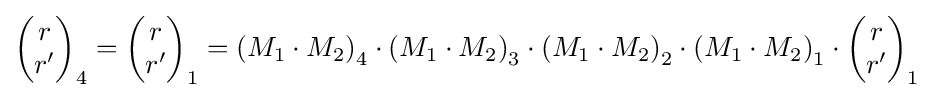
\left({\begin{matrix}r\\r'\\\end{matrix}}\right)_{4}=\left({\begin{matrix}r\\r'\\\end{matrix}}\right)_{1}=\left(M_{1}\cdot M_{2}\right)_{4}\cdot \left(M_{1}\cdot M_{2}\right)_{3}\cdot \left(M_{1}\cdot M_{2}\right)_{2}\cdot \left(M_{1}\cdot M_{2}\right)_{1}\cdot \left({\begin{matrix}r\\r'\\\end{matrix}}\right)_{1}